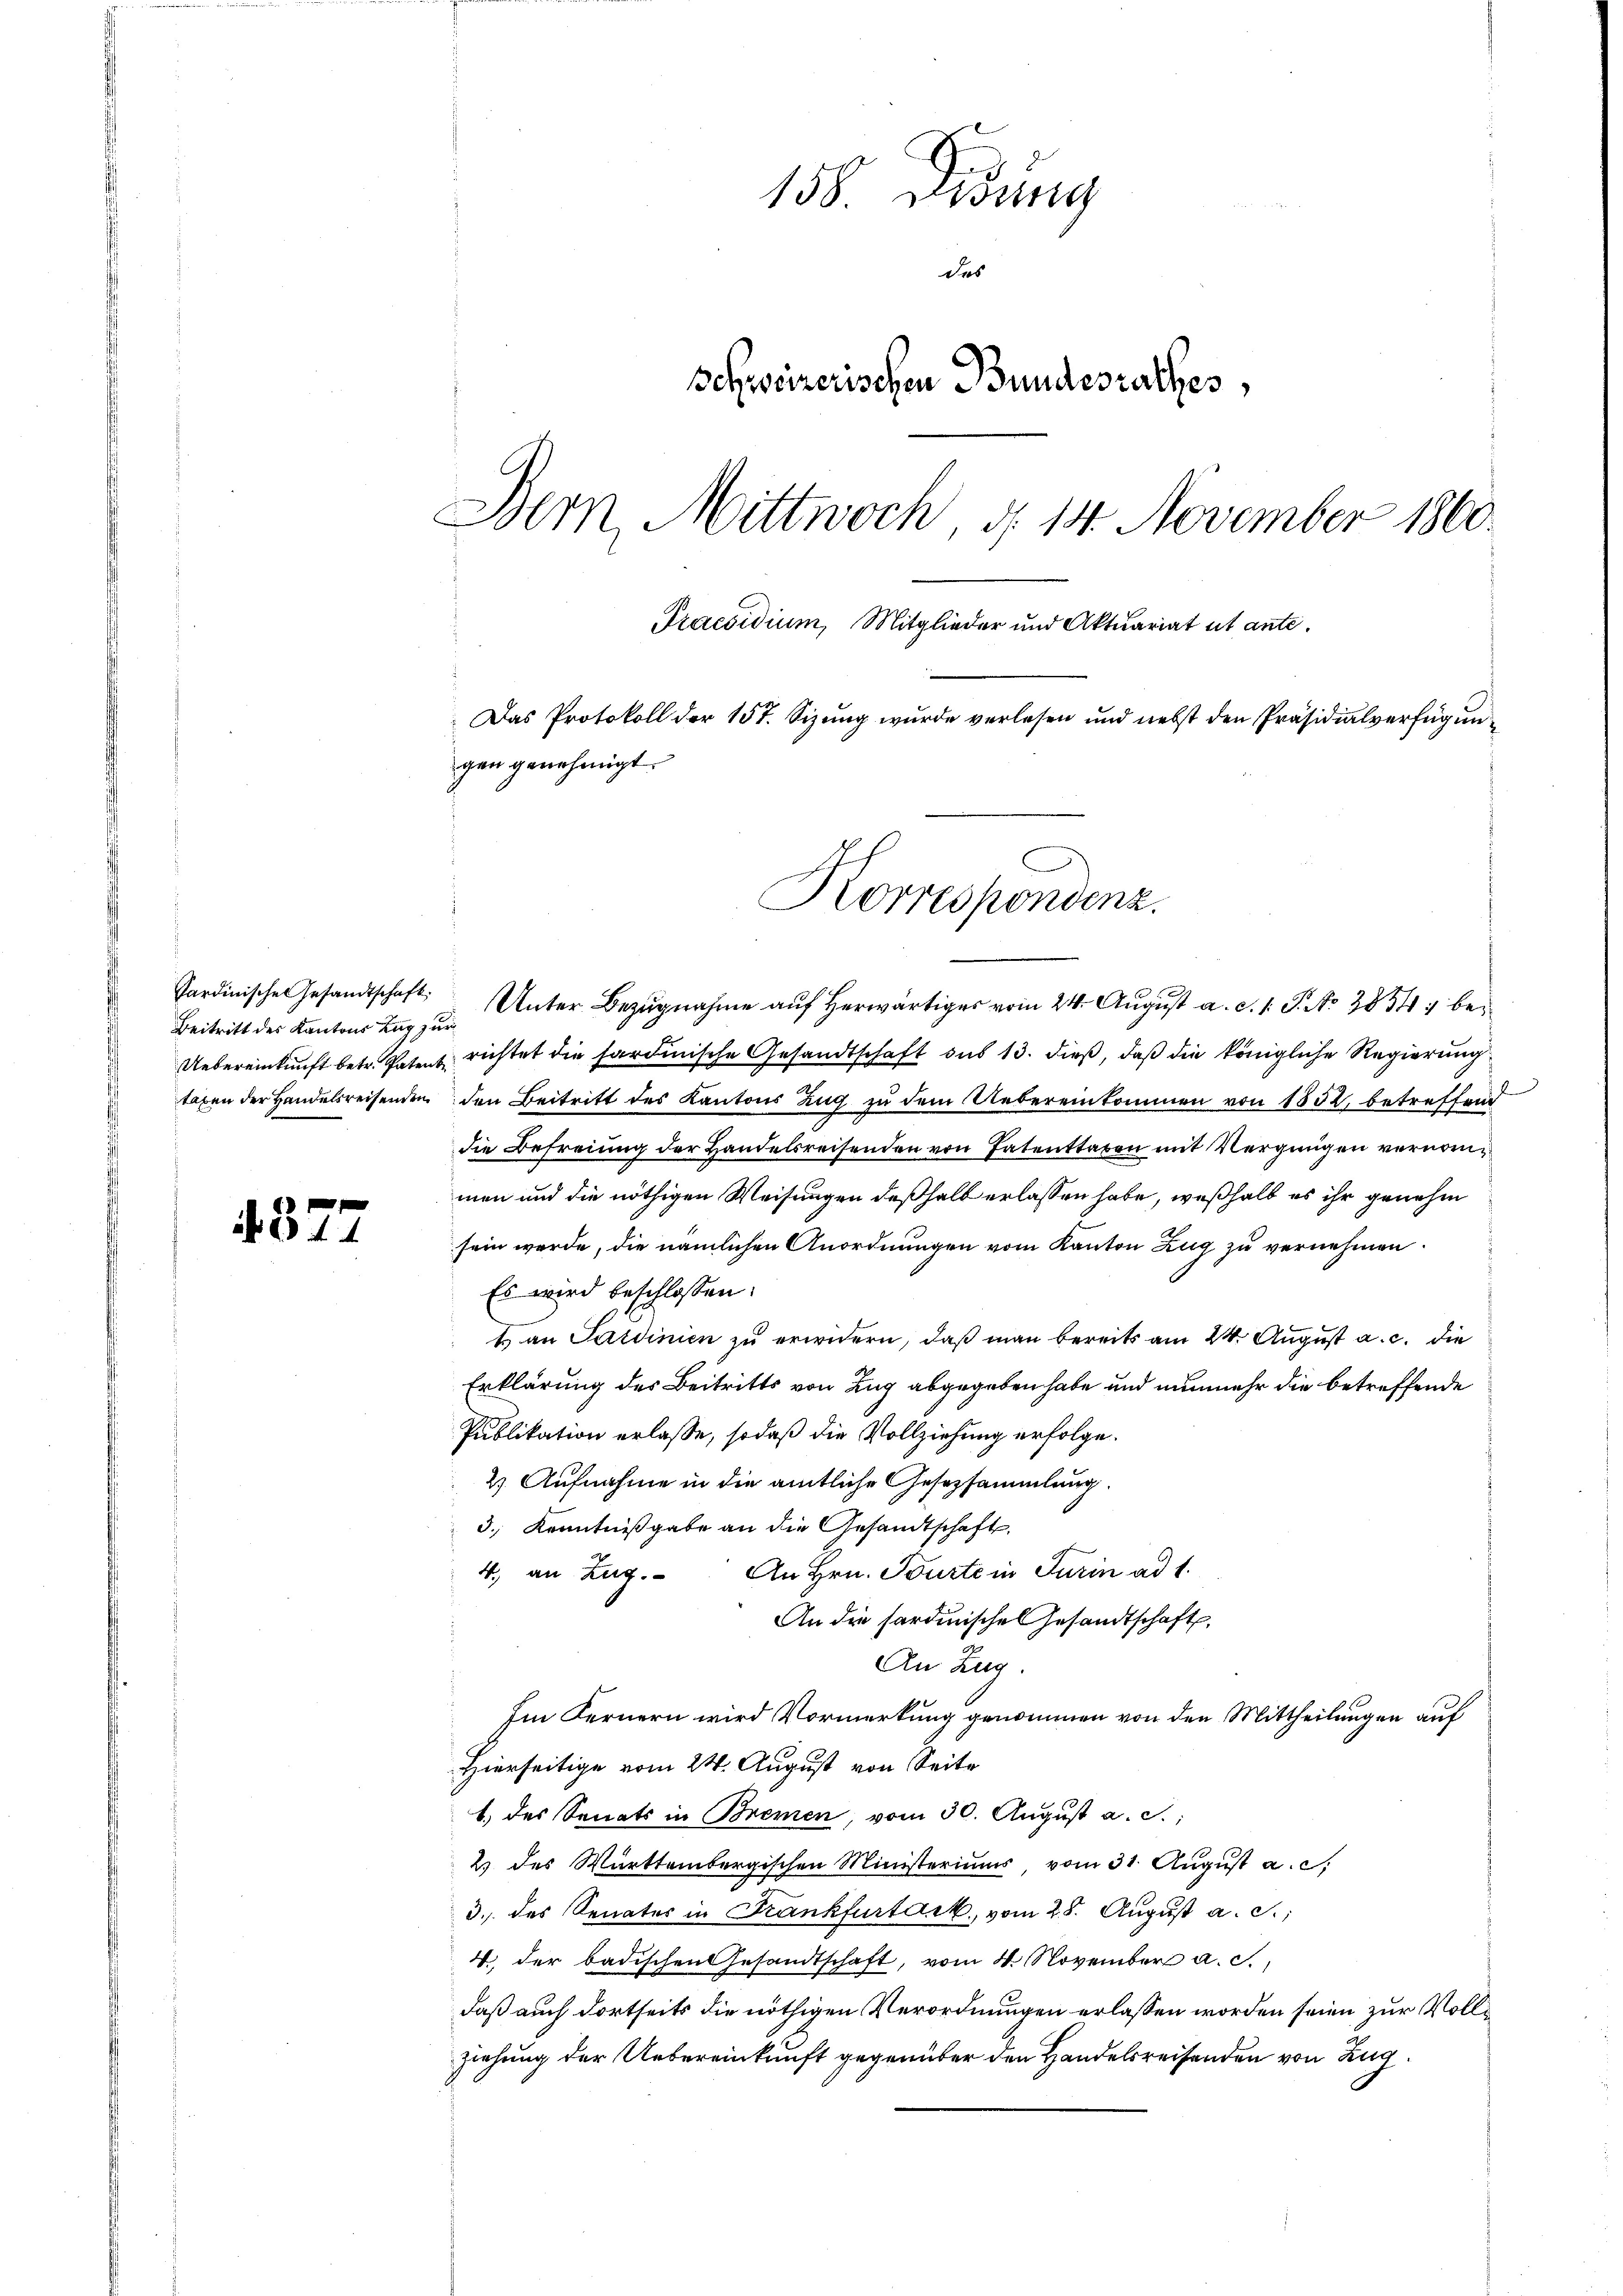
4377

158. Didung
des
schweizerischen Bundesrathes,
Bern, Mittwoch, d. 14. November 1860.
Praesidium, Mitglieder und Aktuariat ut ante.
Das Protokoll der 157. Sizung wurde verlesen und nebst den Präsidialverfügungen genehmigt.
Korrespondenz.

Beitritt des Kantons Zug zur

Sardinische Gesandtschaft. Unter Bezŭgnahme aŭf herwärtiges vom 24. August a. c. 1 S. No 3854, be¬
Uebereinkunft betr. Patent richtet die hardinische Gesandtschaft aus 13. dieß, daß die königliche Regierung
taxen der Handelsreisenden den Beitritt des Kantons Zug zu dem Uebereinkommen von 1532, betreffend
die Befreiung der Handelsreisenden von Patenstaben mit Vergnügen vernommen und die nöthigen Weisungen deßhalb erlassen habe, weßhalb es ihr genehm
sein werde, die nämlichen Anordnungen vom Kanton Zug zu vernehmen.
Es wird beschlossen:
1 an Sardinien zu erwidern, daß man bereits am 24. August a. c. die
Erklärung des Beitritts von Zug abgegeben habe und nunmehr die betreffende
Publikation erlasse, sodaß die Vollziehung erfolge.
2. Aufnahme in die amtliche Gesetzsammlung.
3., Kenntnißgabe an die Gesandtschaft.
An Hrn. Tourte in Turin ad 1.
4., an Zug.
An die Fardinische Gesandtschaft,
An Zug.
Im Fernern wird Vormerkung genommen von den Mittheilungen auf
Hierseitige vom 24. August von Seit
1.) des Senats in Bremen, vom 30. August a. c.,
2) des Württembergischen Ministeriums, vom 31. Aŭgŭst a. c.
3. des Senates in Frankfurtaet vom 28. August a. c.,
4. der badischen Gesandtschaft, vom 4. November a. c.,
daß auch dortseits die nöthigen Verordnungen erlassen worden seien zur Vollziehung der Uebereinkunft gegenüber den Handelsreisenden von Zug.